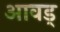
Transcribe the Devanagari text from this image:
आवड्